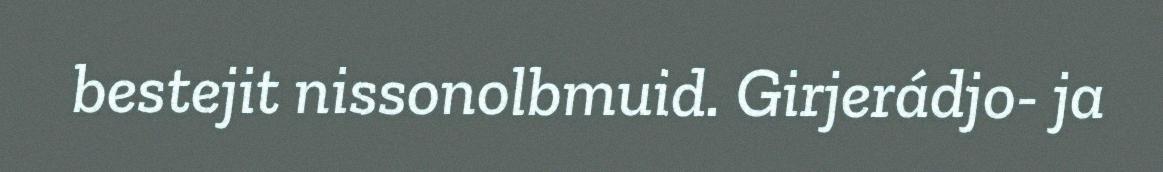
bestejit nissonolbmuid. Girjerádjo- ja